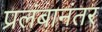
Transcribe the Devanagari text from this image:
प्रलंबानंतर